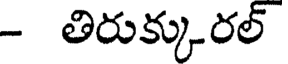
- తిరుక్కురల్